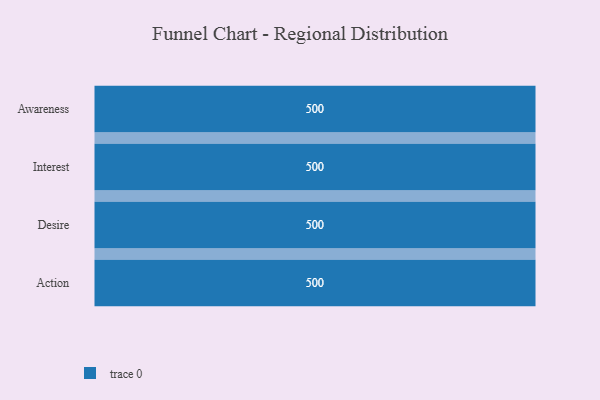
{"axis": {"x": "Stage", "y": "Value"}, "legend": [""], "data": [{"x": "Awareness", "y": 500, "type": ""}, {"x": "Interest", "y": 500, "type": ""}, {"x": "Desire", "y": 500, "type": ""}, {"x": "Action", "y": 500, "type": ""}]}